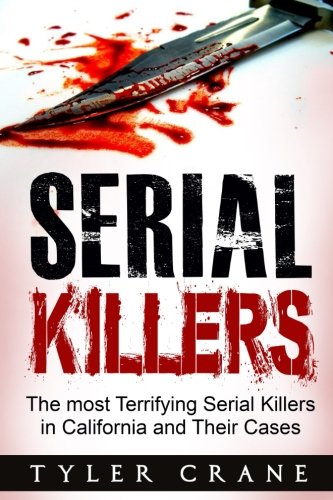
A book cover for Serial Killers: The Most Terrifying Serial Killers in California and Their Cases (serial killers, true crime); Tyler Crane; Biographies & Memoirs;